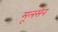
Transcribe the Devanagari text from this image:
मूलसेन